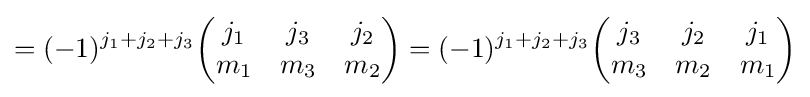
=(-1)^{j_{1}+j_{2}+j_{3}}{\begin{pmatrix}j_{1}&j_{3}&j_{2}\\m_{1}&m_{3}&m_{2}\end{pmatrix}}=(-1)^{j_{1}+j_{2}+j_{3}}{\begin{pmatrix}j_{3}&j_{2}&j_{1}\\m_{3}&m_{2}&m_{1}\end{pmatrix}}